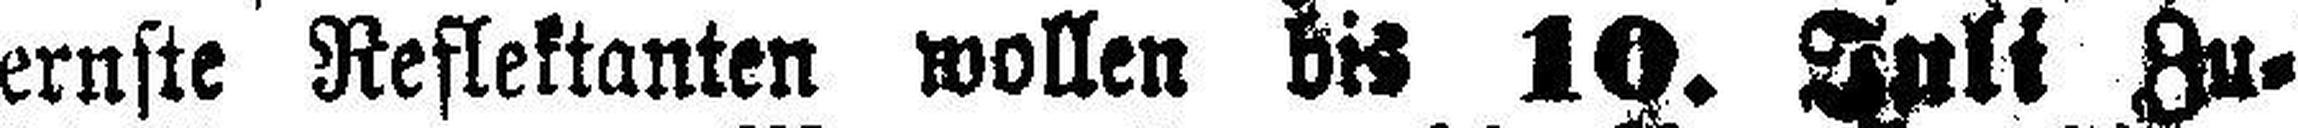
ernste Reflektanten wollen bis 10. Juli Zu¬